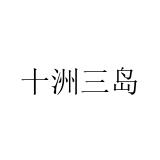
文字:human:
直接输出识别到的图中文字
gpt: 十洲三岛